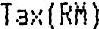
TAX(RM)